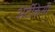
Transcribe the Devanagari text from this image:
अर्टीकेसी